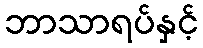
ဘာသာရပ်နှင့်